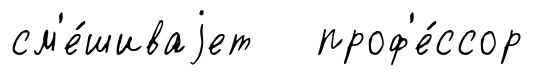
см'е́шиваjет проф'е́ссор